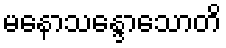
မနောသန္ဒောသောတိ